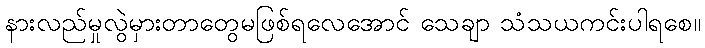
နားလည်မှုလွဲမှားတာတွေမဖြစ်ရလေအောင် သေချာ သံသယကင်းပါရစေ။